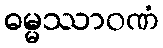
ဓမ္မဿာဝဏံ